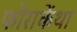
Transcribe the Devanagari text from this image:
फोराकेंथा